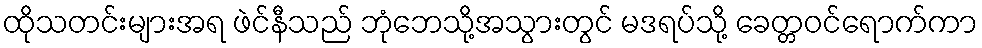
ထိုသတင်းများအရ ဖဲင်နီသည် ဘုံဘေသို့အသွားတွင် မဒရပ်သို့ ခေတ္တဝင်ရောက်ကာ